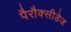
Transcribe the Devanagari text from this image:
पैरौक्सीडेज